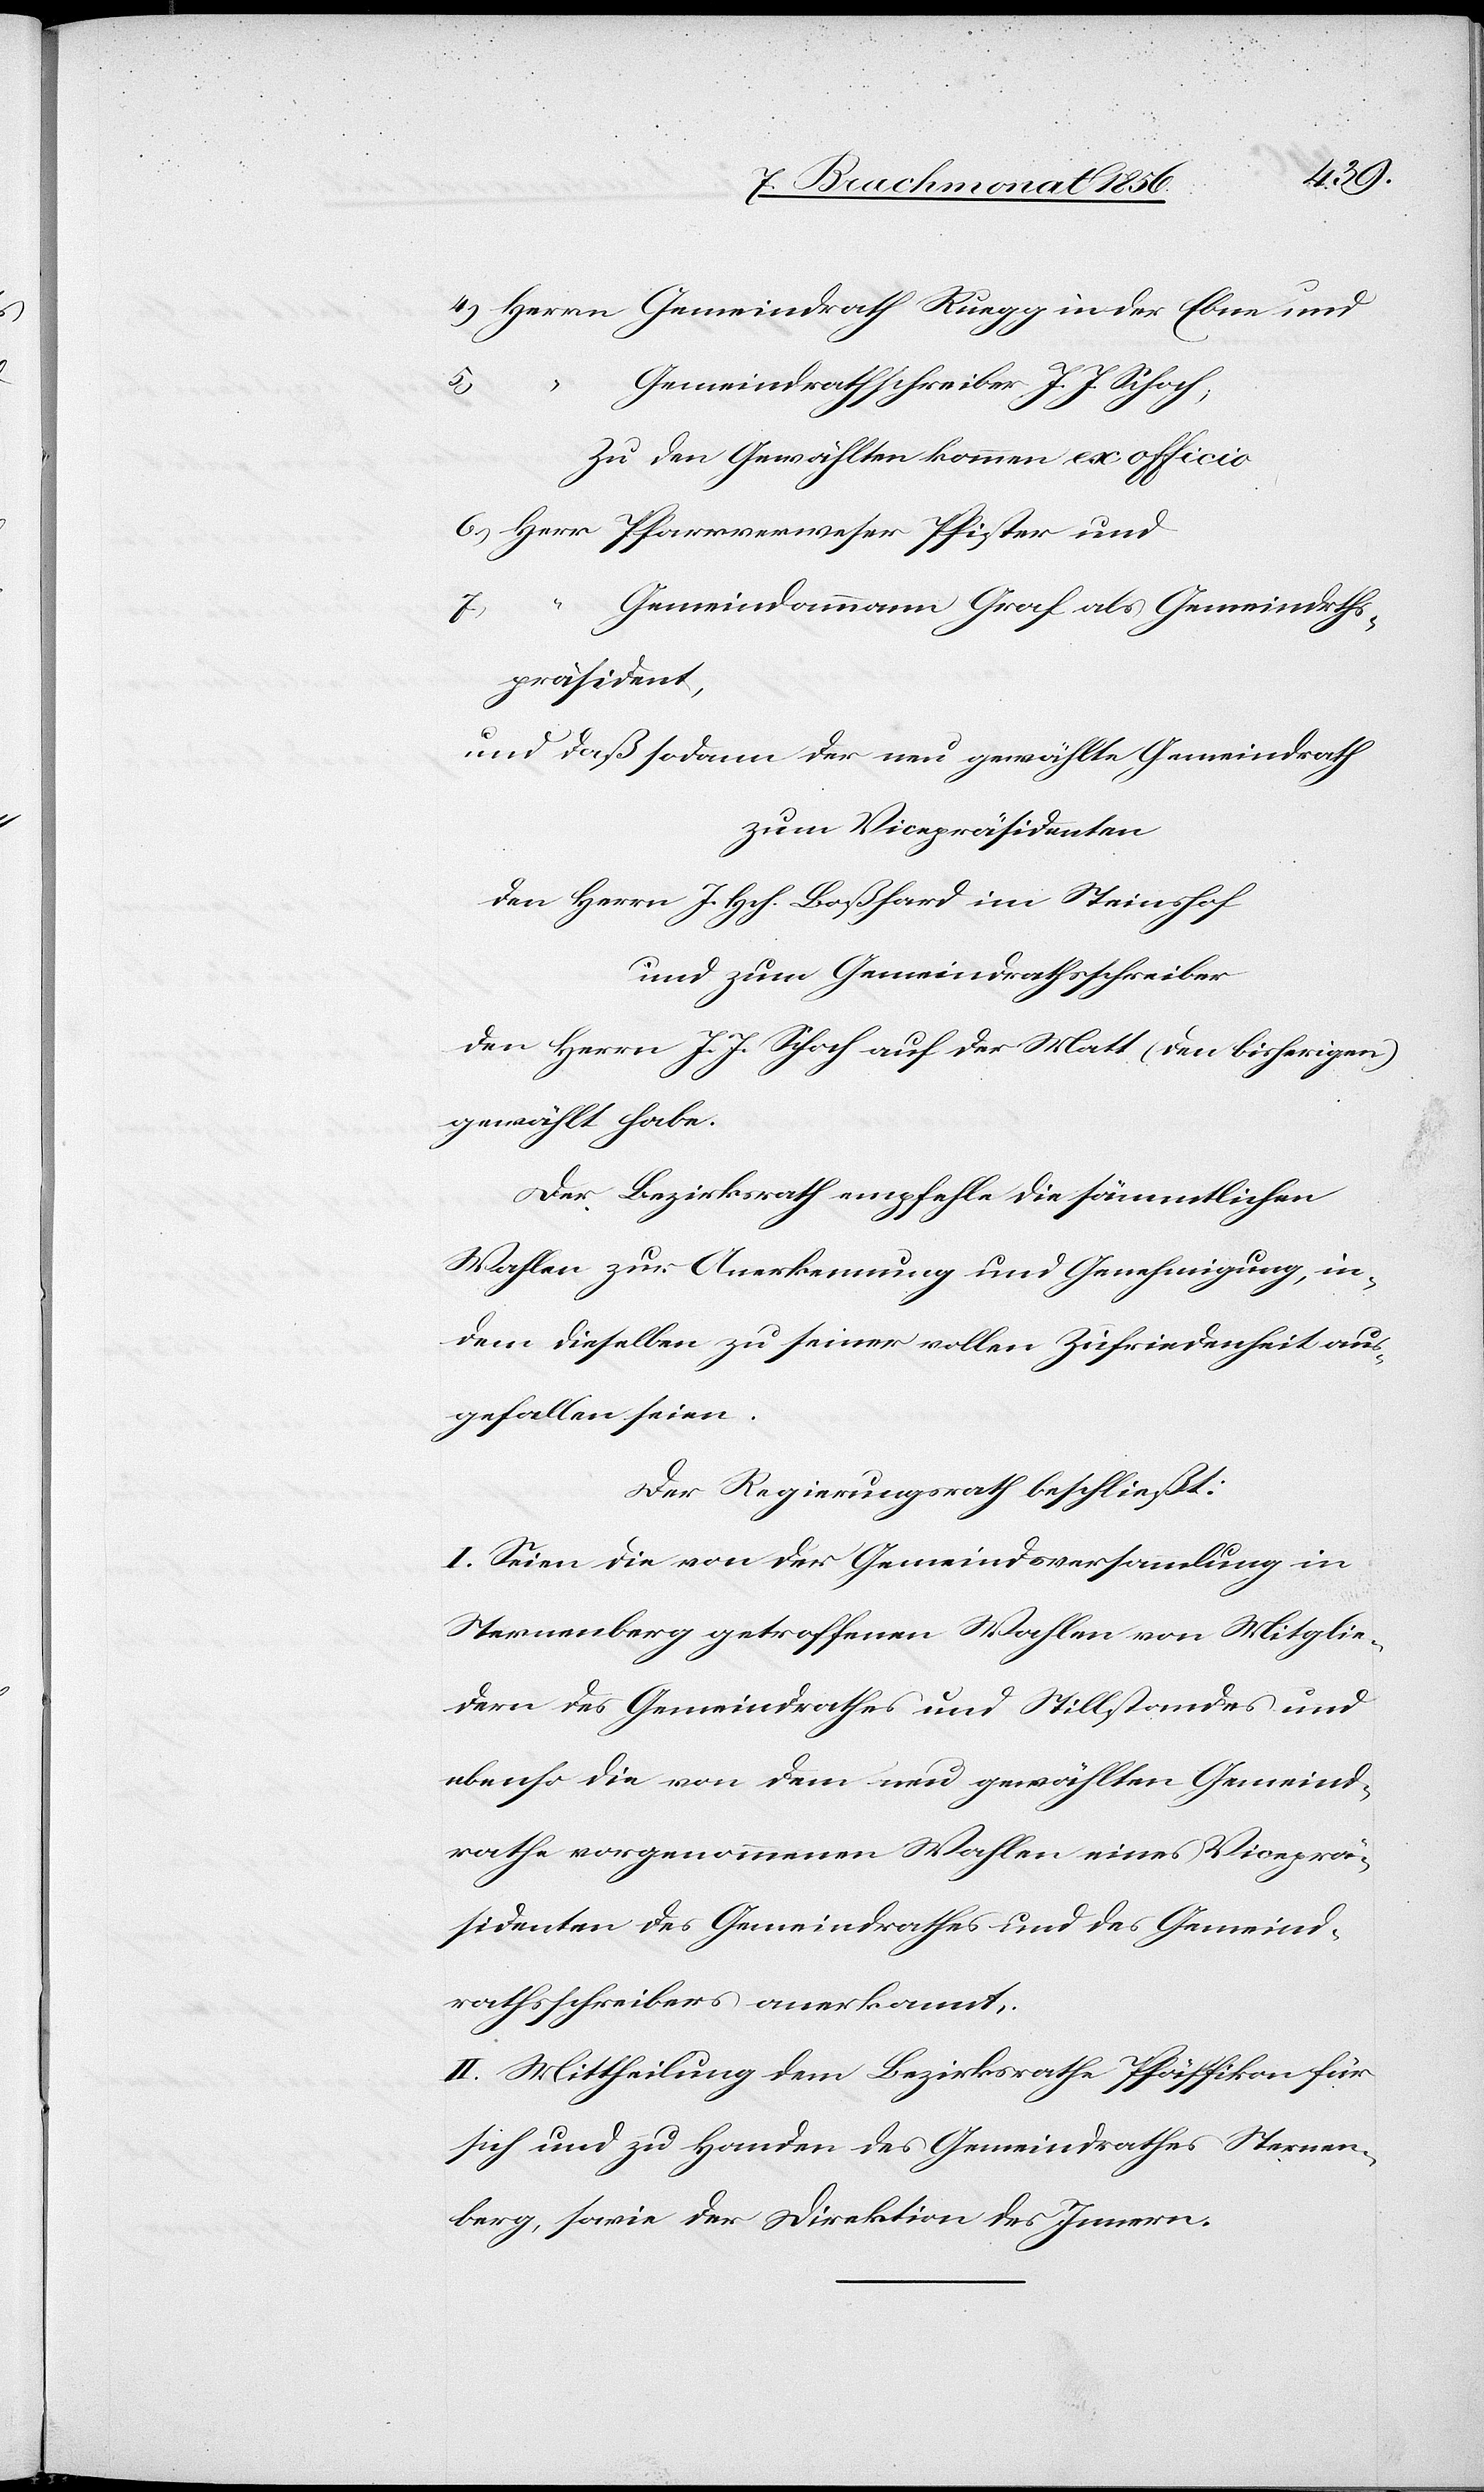
(den
Gemeindrathschreiber J. J. Schoch;
Zu den Gewählten kommen ex officio
Gemeindammann Graf als Gemeindrths¬
präsident,
und daß sodann der neu gewählte Gemeindrath
zum Vicepräsidenten
und zum Gemeindrathsschreiber
gewählt habe.
Der Bezirksrath empfehle die sämmtlichen
Wahlen zur Anerkennung und Genehmigung, in¬
dem dieselben zu seiner vollen Zufriedenheit aus¬
gefallen seien.
Der Regierungsrath beschließt:
I. Seien die von der Gemeindsversammlung in
Sternenberg getroffenen Wahlen von Mitglie¬
dern des Gemeindrathes und Stillstandes und
ebenso die von dem neu gewählten Gemeind¬
rathe vorgenommenen Wahlen eines Viceprä¬
sidenten des Gemeindrathes und des Gemeind¬
rathsschreibers anerkannt.
II. Mittheilung dem Bezirksrath Pfäffikon für
sich und zu Handen des Gemeindrathes Sternen¬
berg, sowie der Direktion des Innern.